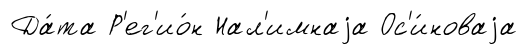
Да́та Р'ег'ио́н Нал'имнаjа Ос'и́новаjа